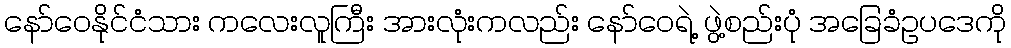
နော်ဝေနိုင်ငံသား ကလေးလူကြီး အားလုံးကလည်း နော်ဝေရဲ့ ဖွဲ့စည်းပုံ အခြေခံဥပဒေကို